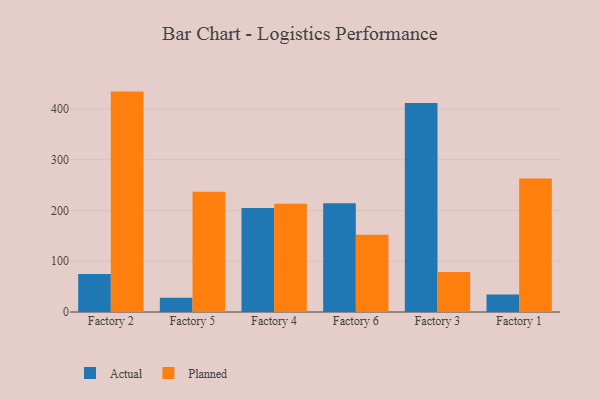
{"axis": {"x": "Factory", "y": "Population (Million)"}, "legend": ["Actual", "Planned"], "data": [{"x": "Factory 2", "y": 74.7, "type": "Actual"}, {"x": "Factory 2", "y": 434.4, "type": "Planned"}, {"x": "Factory 5", "y": 28.3, "type": "Actual"}, {"x": "Factory 5", "y": 237.2, "type": "Planned"}, {"x": "Factory 4", "y": 205.1, "type": "Actual"}, {"x": "Factory 4", "y": 213.3, "type": "Planned"}, {"x": "Factory 6", "y": 214.3, "type": "Actual"}, {"x": "Factory 6", "y": 152.4, "type": "Planned"}, {"x": "Factory 3", "y": 411.9, "type": "Actual"}, {"x": "Factory 3", "y": 78.6, "type": "Planned"}, {"x": "Factory 1", "y": 34.3, "type": "Actual"}, {"x": "Factory 1", "y": 263.1, "type": "Planned"}]}